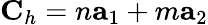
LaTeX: \textbf{C}_{h}=n\textbf{a}_{1}+m\textbf{a}_{2}